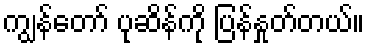
ကျွန်တော် ပုဆိန်ကို ပြန်နှုတ်တယ်။